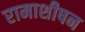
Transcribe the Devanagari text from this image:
रामाशीषन